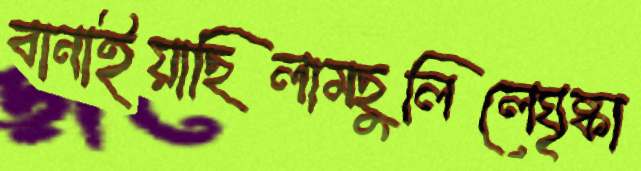
বানাইয়াছিলামছুলিলেঘৃষ্কা